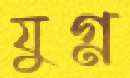
যুগ্ন